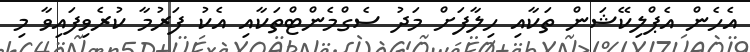
އެހެން އެޕްލިކޭޝަން ތަކާއި ހިލާފަށް މަދު ސެގްމެންޓްތަކާއި އެކު ފަރުމާ ކުރެވިފައިވާ މި